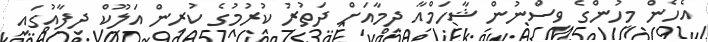
އެހެން މީހުންގެ ވިސްނުން ޝާހަމްއާ ދިމާއަށް ދަތުރު ކުރުމުގެ ކުރިން އަލޫކް ދިފާއުގައި